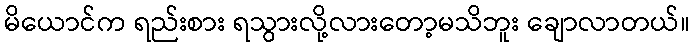
မိယောင်က ရည်းစား ရသွားလို့လားတော့မသိဘူး ချောလာတယ်။